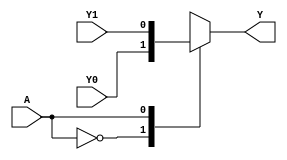
module kmap_single_variable (
    input wire A,     // 1-bit input
    input wire Y0,    // Output when A = 0
    input wire Y1,    // Output when A = 1
    output reg Y      // 1-bit output based on the K-map
);

// Combinational logic to determine output Y based on input A
always @(*) begin
    case (A)
        1'b0: Y = Y0;  // If A is 0, output Y is Y0
        1'b1: Y = Y1;  // If A is 1, output Y is Y1
        default: Y = 1'b0; // Default case (should not occur in this context)
    endcase
end

endmodule